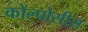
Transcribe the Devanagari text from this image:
कोल्पोसीस